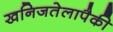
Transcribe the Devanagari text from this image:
खनिजतेलापैकी